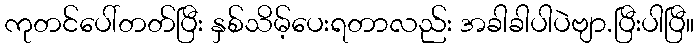
ကုတင်ပေါ်တတ်ပြီး နှစ်သိမ့်ပေးရတာလည်း အခါခါပါပဲဗျာ.ပြီးပါပြီ။